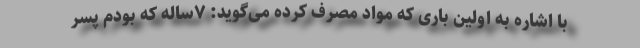
با اشاره به اولین باری که مواد مصرف کرده می‌گوید: ۷ساله که بودم پسر